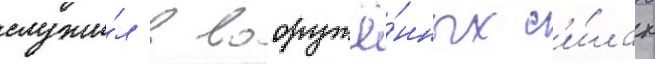
служи́л в вооружё́нных с'и́лах